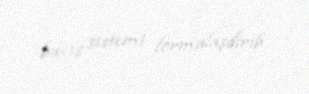
baxış sistemi formalaşdirib.